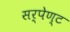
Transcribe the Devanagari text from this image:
सर्पेण्ट